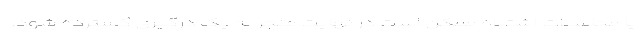
یا محاسبات اشتباه ممکن است در نهایت منجر به یک درگیری گسترده شود.